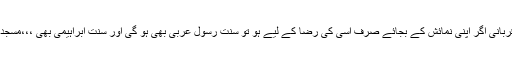
اسلام قربانیوں کی داستان کا نام ہے اسکی بتدا بھی قربانی ہے اور انتہا بھی قربانی مگر قربانی اگر اپنی نمائش کے بجائے صرف اسی کی رضا کے لیے ہو تو سنت رسول عربیۖ بھی ہو گی اور سنت ابراہیمی بھی ،،،مسجد بنا رہا ہے سنگ مرمر سے امیر شہر پڑوس میں ہیں بچے بھوکے سوئے ہوئے والسلام۔